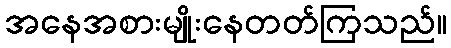
အနေအစားမျိုးနေတတ်ကြသည်။